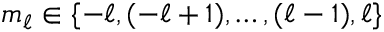
m _ { \ell } \in \{ - \ell , ( - \ell + 1 ) , \ldots , ( \ell - 1 ) , \ell \}